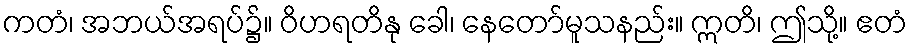
ကတံ၊ အဘယ်အရပ်၌။ ဝိဟရတိနု ခေါ၊ နေတော်မူသနည်း။ ဣတိ၊ ဤသို့။ ဧတံ